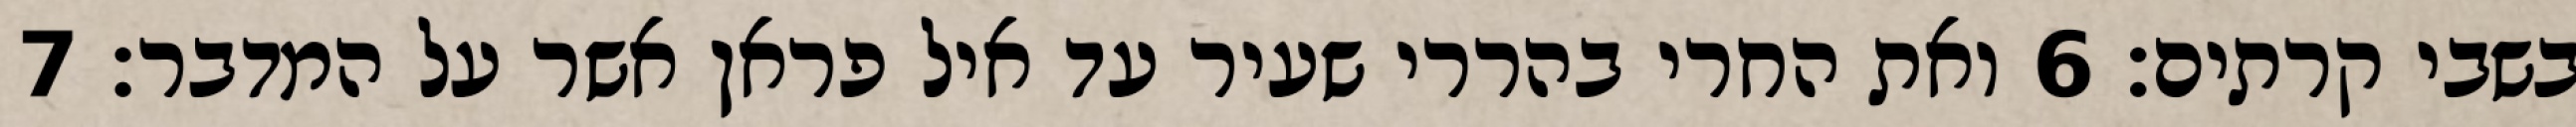
בשבי קרתים׃ ‎6‏ ואת החרי בהררי שעיר עד איל פראן אשר על המדבר׃ ‎7‏